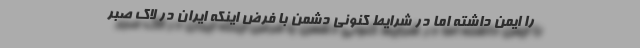
را ایمن داشته اما در شرایط کنونی دشمن با فرض اینکه ایران در لاک صبر